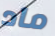
ماد